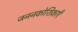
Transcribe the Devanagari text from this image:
जननकोशिकाएँ